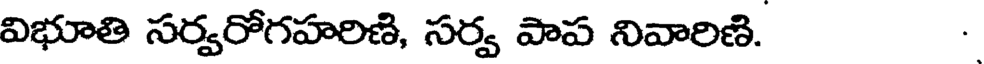
విభూతి సర్వరోగహరిణి, సర్వ పాప నివారిణి. .